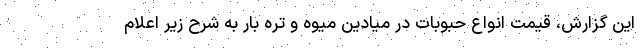
این گزارش، قیمت انواع حبوبات در میادین میوه و تره بار به شرح زیر اعلام